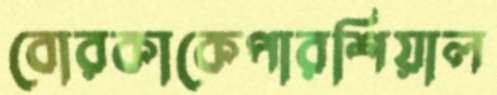
বোরকাকেপারশিয়াল